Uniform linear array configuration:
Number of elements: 8
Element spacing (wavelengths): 1
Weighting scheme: hamming
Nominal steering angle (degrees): -45
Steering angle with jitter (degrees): -43.032
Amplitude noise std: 0.05
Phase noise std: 0.05

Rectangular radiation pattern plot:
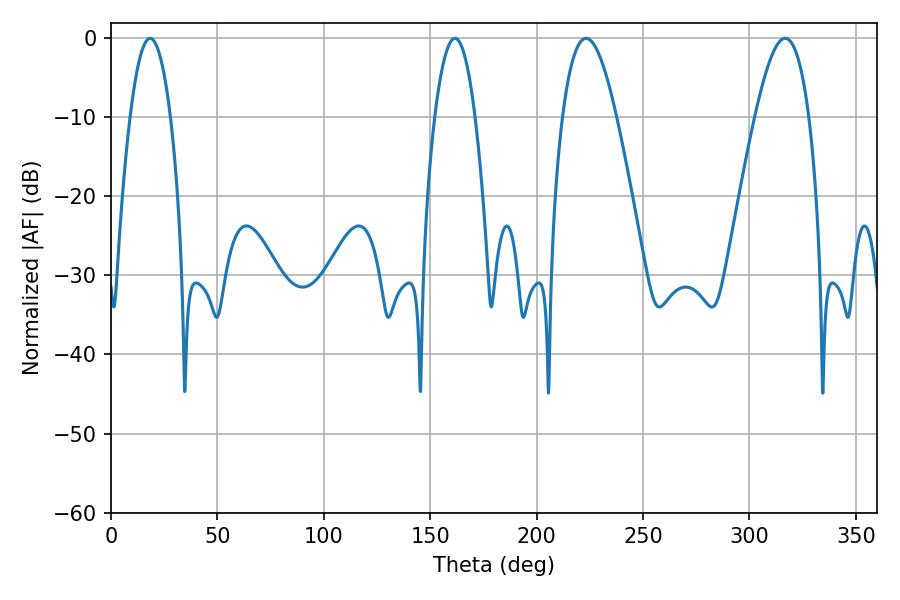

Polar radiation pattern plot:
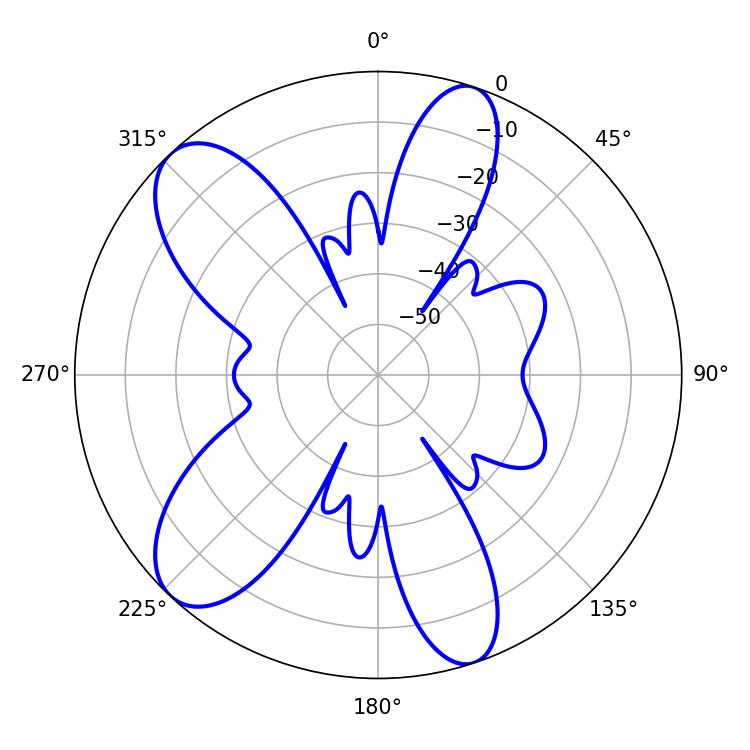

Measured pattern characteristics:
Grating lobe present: TRUE
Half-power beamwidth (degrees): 13.86
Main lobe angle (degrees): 223.2